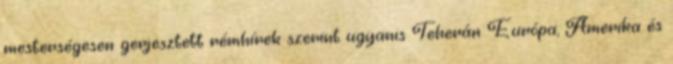
mesterségesen gerjesztett rémhírek szerint ugyanis Teherán Európa, Amerika és